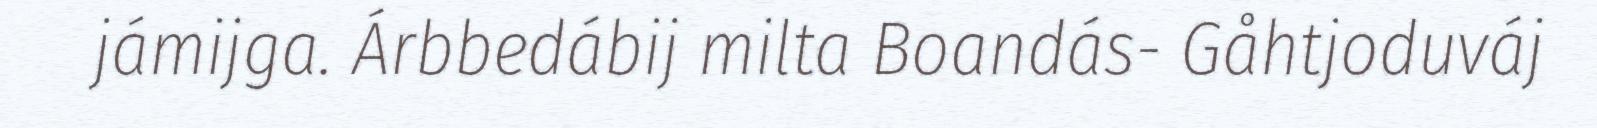
jámijga. Árbbedábij milta Boandás- Gåhtjoduváj